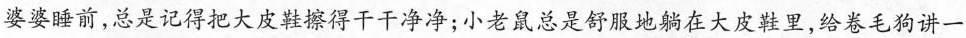
婆婆睡前，总是记得把大皮鞋擦得干干净净；小老鼠总是舒服地躺在大皮鞋里，给卷毛狗讲一